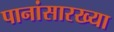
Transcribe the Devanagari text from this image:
पानांसारख्या